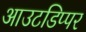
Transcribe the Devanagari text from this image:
आउटडिप्पर